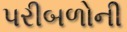
પરીબળોની